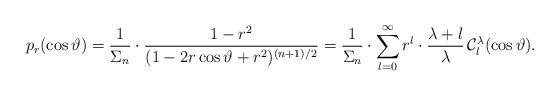
LaTeX: \begin{align*}p_r(\cos\vartheta)=\frac{1}{\Sigma_n}\cdot \frac{1-r^2}{(1-2r\cos\vartheta+r^2)^{(n+1)/2}} =\frac{1}{\Sigma_n}\cdot\sum_{l=0}^\infty r^l\cdot\frac{\lambda+l}{\lambda}\,\mathcal C_l^\lambda(\cos\vartheta).\end{align*}